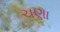
ચણા